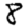
Digit: 8